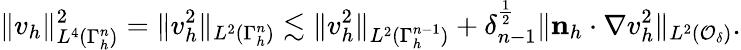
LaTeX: \| v_{h}\| _{L^{4}(\Gamma_{h}^{n})}^{2}=\| v_{h}^{2}\| _{L^{2}(\Gamma_{h}^{n})}\lesssim\| v_{h}^{2}\| _{L^{2}(\Gamma_{h}^{n-1})}+\delta_{n-1}^{\frac 12}\| \mathbf n_{h}\cdot\nabla v_{h}^{2}\| _{L^{2}(\mathcal{O}_{\delta})}.